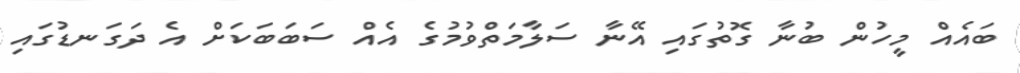
ބައެއް މީހުން ބުނާ ގޮތުގައި އޭނާ ސަލާމަތްވުމުގެ އެއް ސަބަބަކަށް އެ ދަގަނޑުގައި